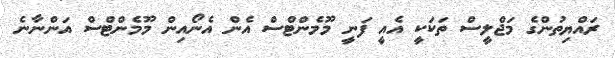
ރައްޔިތުންގެ މަޖްލީސް ތަކަކީ އެއީ ފަނީ މޫމެންޓްސް އެން އެނޯއިން މޫމެންޓްސް އަންނާނެ